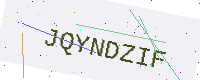
Text: JQYNDZIF